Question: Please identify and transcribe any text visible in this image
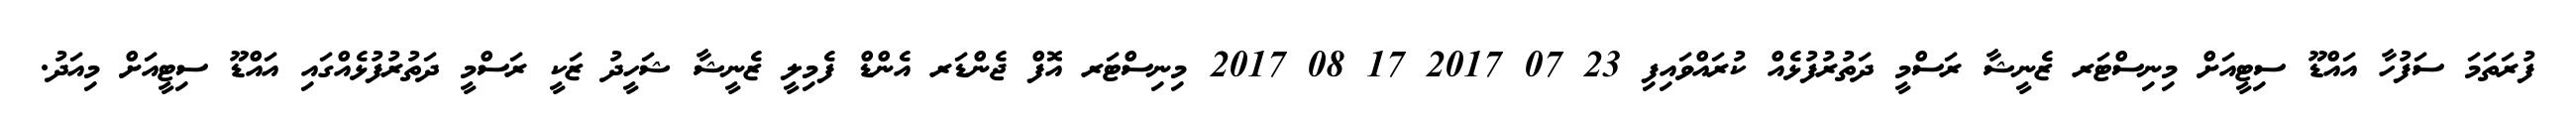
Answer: ފުރަތަމަ ސަފުހާ އައްޑޫ ސިޓީއަށް މިނިސްޓަރ ޒެނީޝާ ރަސްމީ ދަތުރުފުޅެއް ކުރައްވައިފި 23 07 2017 17 08 2017 މިނިސްޓަރ އޮފް ޖެންޑަރ އެންޑް ފެމިލީ ޒެނީޝާ ޝަހީދު ޒަކީ ރަސްމީ ދަތުރުފުޅެއްގައި އައްޑޫ ސިޓީއަށް މިއަދު.